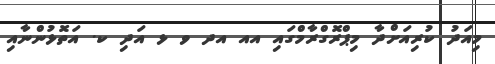
މިއަދު ކުރިއަށްދާ މިޕްރޮގްރާމްގައި އއ އދ ވ ޅ އަދި ކ. އަތޮޅުންނާއި